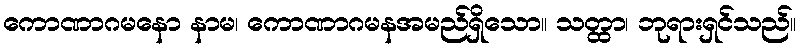
ကောဏာဂမနော နာမ၊ ကောဏာဂမနအမည်ရှိသော။ သတ္ထာ၊ ဘုရားရှင်သည်။